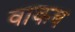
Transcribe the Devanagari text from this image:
वाकब